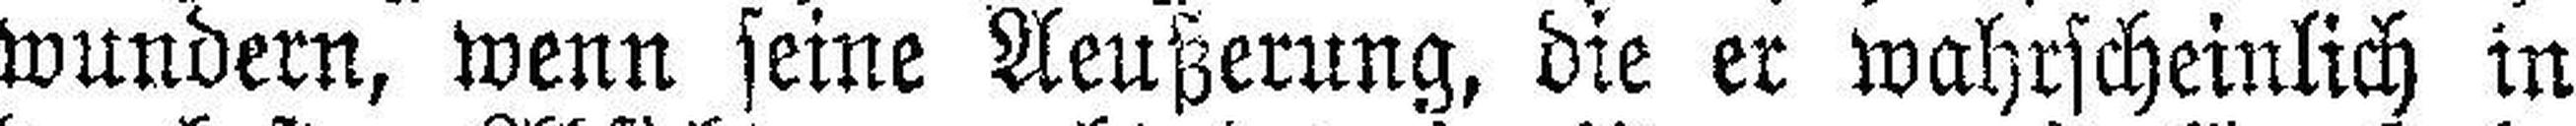
wundern, wenn seine Aeußerung, die er wahrscheinlich in